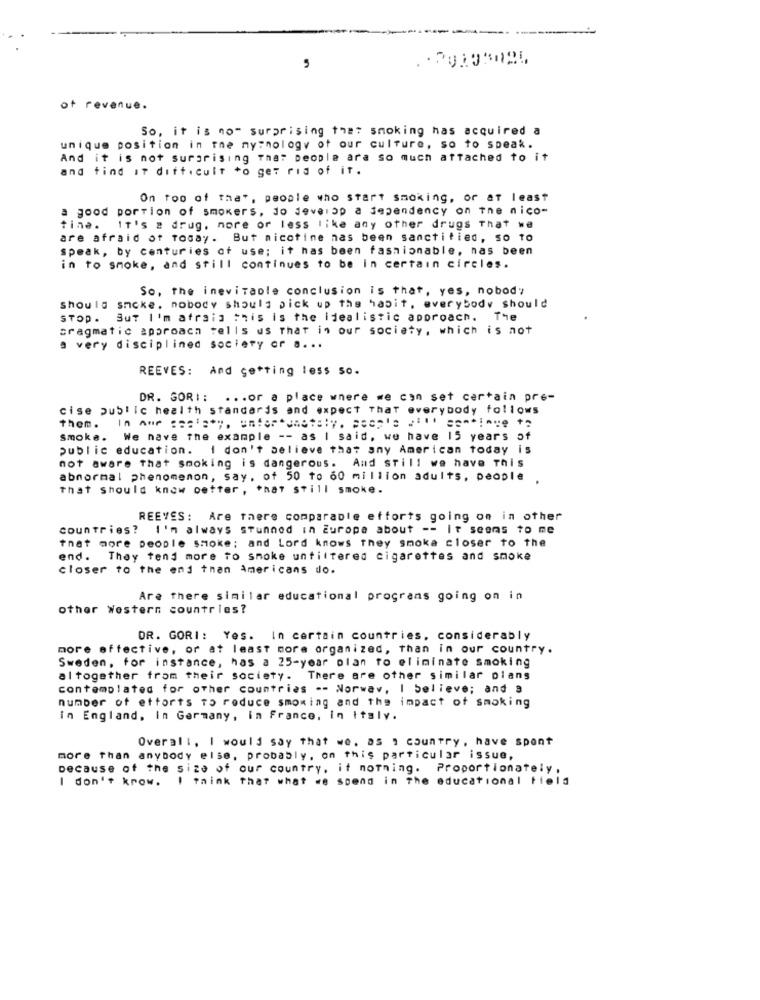
5
of revenue.
So, it is no" surprising that smoking has acquired a
unique position in the nymnology of our culture, so to speak.
And it is not surprising That people ara so much attached to it
and find It dift . cult to get rid of it.
On top of that, people who start smoking, or at least
a good portion of smokers, jo develop a dependency on the nico-
tina.
It's a drug, more or less like any other drugs That we
are afraid of today. But nicotine nas been sanctified, so to
speak, by centuries of use; it has been fashionable, nas been
in to smoke, and still continues to be in certain circles.
So, the inevitable conclusion is that, yes, nobody
should sncke, nobody should pick up the habit, everybody should
STOP. But I'm afraid this is the idealistic approach. The
pragmatic approach tells us That in our society, which is not
a very disciplined society cr a ...
REEVES: And getting less so.
DR. GORI :
.... or a place where we can set certain pre-
cise public health standards and expect That everybody follows
In our seeley. unfortunately. people will continue to
them.
Smoke.
We nave the example -- as I said, we have 15 years of
public education. I don't believe that any American today is
not aware that smoking is dangerous. And still we have This
abnormal phenomenon, say, of 50 to 60 million adults, people
That should know oetter, that still smoke.
REEVES: Are there comparable efforts going on in other
countries? I'm always stunned in Europa about -- it seems to me
that more people smoke; and Lord knows they smoke closer to the
end. They tend more to smoke untiltered cigarettes and smoke
closer to the end than Americans do.
Are there similar educational programs going on in
other Western countries?
DR. GORI: Yes. In certain countries, considerably
more effective, or at least more organized, than in our country.
Sweden, for instance, has a 25-year plan to eliminate smoking
altogether from their society. There are other similar plans
contemplated for other countries -- Norwav, I believe; and 9
number of ettorts to reduce smoming and the impact of smoking
in England, In Germany, in France, In Italy.
Overall, I would say that we. as , country, have spent
more than anybody else, probably, on this particular issue,
Decause of the size of our country, it notning. Proportionately ,
I don't know. I think that what we spend in The educational field